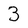
Character: 3